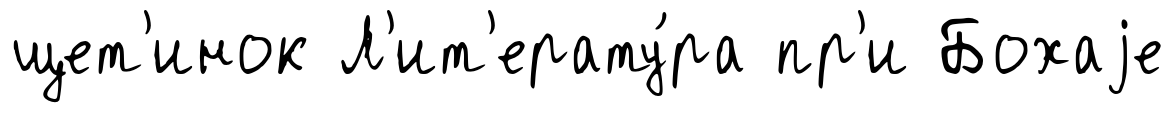
щет'инок Л'ит'ерату́ра пр'и Бохаjе